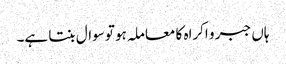
ہاں جبر و اکراہ کا معاملہ ہو تو سوال بنتا ہے۔